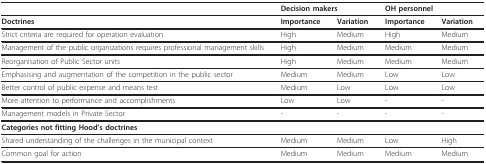
|  | <COLSPAN=2> Decision makers | <COLSPAN=2> OH personnel |
 | --- | --- | --- | --- | --- |
 | Doctrines | Importance | Variation | Importance | Variation |
 | Strict criteria are required for operation evaluation | High | Medium | High | Medium |
 | Management of the public organizations requires professional management skills | High | Medium | Medium | Medium |
 | Reorganisation of Public Sector units | High | Medium | Medium | Medium |
 | Emphasising and augmentation of the competition in the public sector | Medium | Medium | Low | Low |
 | Better control of public expense and means test | Medium | Low | Low | Low |
 | More attention to performance and accomplishments | Low | Low | - | - |
 | Management models in Private Sector | - | - | - | - |
 | Categories not fitting Hood's doctrines |  |  |  |  |
 | Shared understanding of the challenges in the municipal context | Medium | Medium | Low | High |
 | Common goal for action | Medium | Medium | Medium | Medium |